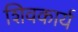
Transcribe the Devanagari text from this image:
शिवकार्य